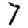
Digit: 7